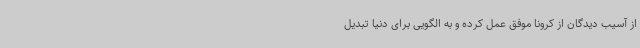
از آسیب دیدگان از کرونا موفق عمل کرده و به الگویی برای دنیا تبدیل